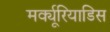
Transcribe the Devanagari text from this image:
मर्क्यूरियाडिस